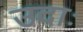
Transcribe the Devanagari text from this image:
उदाः